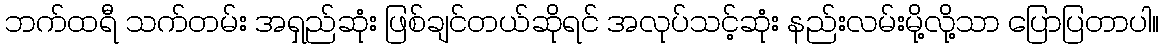
ဘက်ထရီ သက်တမ်း အရှည်ဆုံး ဖြစ်ချင်တယ်ဆိုရင် အလုပ်သင့်ဆုံး နည်းလမ်းမို့လို့သာ ပြောပြတာပါ။